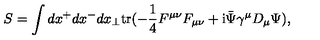
S = \int d x ^ { + } d x ^ { - } d x _ { \perp } \mathrm { t r } ( - \frac { 1 } { 4 } F ^ { \mu \nu } F _ { \mu \nu } + \mathrm { i } { \bar { \Psi } } \gamma ^ { \mu } D _ { \mu } \Psi ) ,